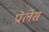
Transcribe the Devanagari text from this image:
प्रोलेस